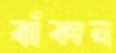
ঝাঁকান